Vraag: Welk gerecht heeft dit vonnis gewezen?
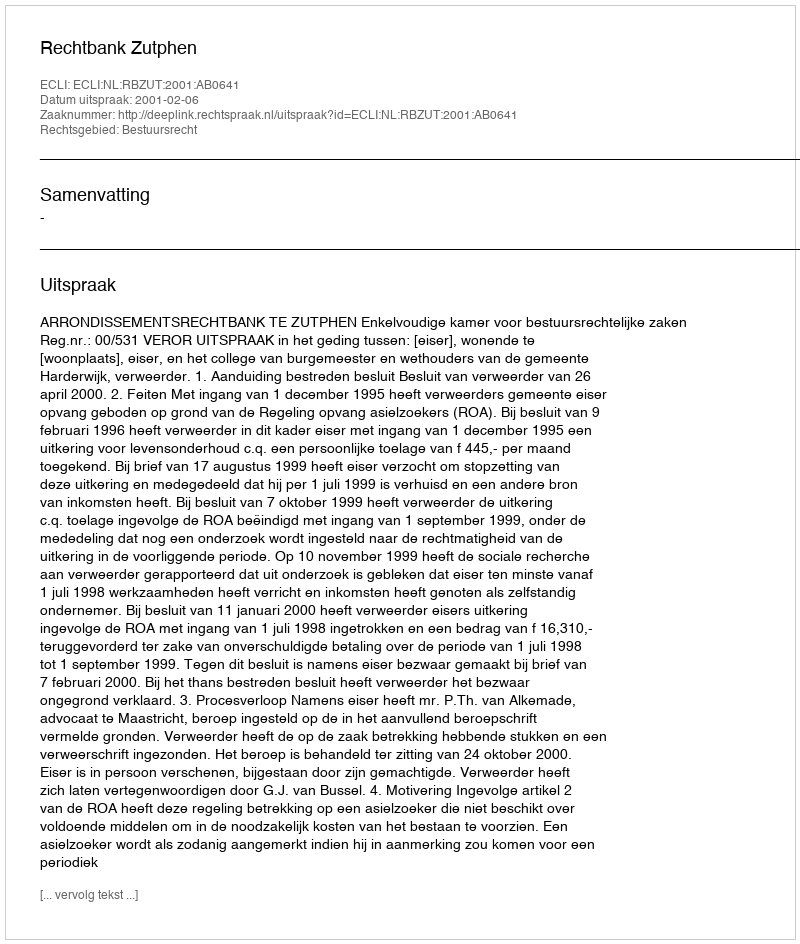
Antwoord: Rechtbank Zutphen